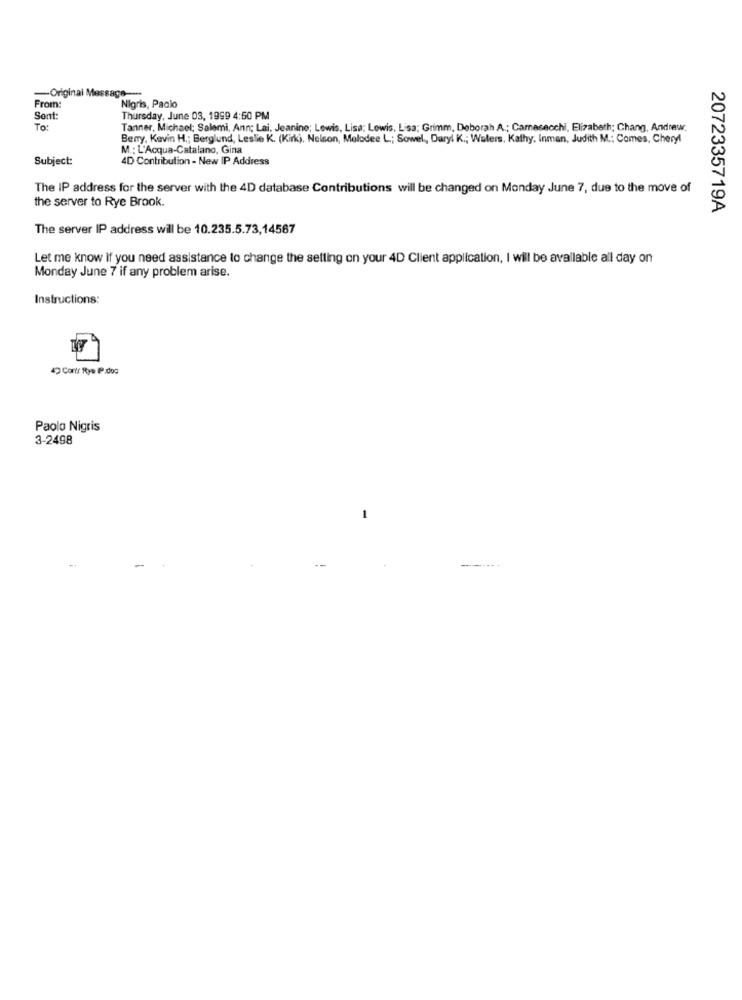
-Original Message ---
From:
Nigris, Paolo
Sent:
Thursday, June 03, 1999 4:50 PM
To:
Tanner, Michael; Salemi, Ann; Lai. Jeanine; Lewis, Lisa; Lewis, Lisa; Grimm, Deborah A .; Camasecchi, Elizabeth; Chang, Andrew.
Berry, Kevin H .; Berglund, Leslie K. (Kirk), Nelson, Melodee L; Sowel, Daryl K .; Waters, Kathy. Inman, Judith M .: Comes, Cheryl
M .: L'Acqua-Catalano, Gina
Subject:
4D Contribution - New IP Address
The IP address for the server with the 4D database Contributions will be changed on Monday June 7, due to the move of
the server to Rye Brook.
2072335719A
The server IP address will be 10.235.5.73,14567
Let me know if you need assistance to change the selling on your 4D Client application, I will be available all day on
Monday June 7 if any problem arise.
Instructions:
49 Contr Rye IP:dos
Paolo Nigris
3-2498